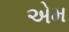
એમ